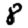
Digit: 8